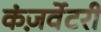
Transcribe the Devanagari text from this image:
कंज़र्वेटरी